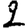
Digit: 2